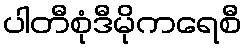
ပါတီစုံဒီမိုကရေစီ